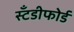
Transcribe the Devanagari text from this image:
स्टँडीफोर्ड